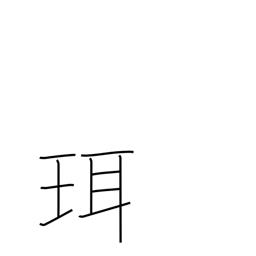
Meaning: hilt